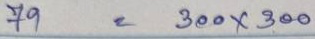
79 = 300 x 300